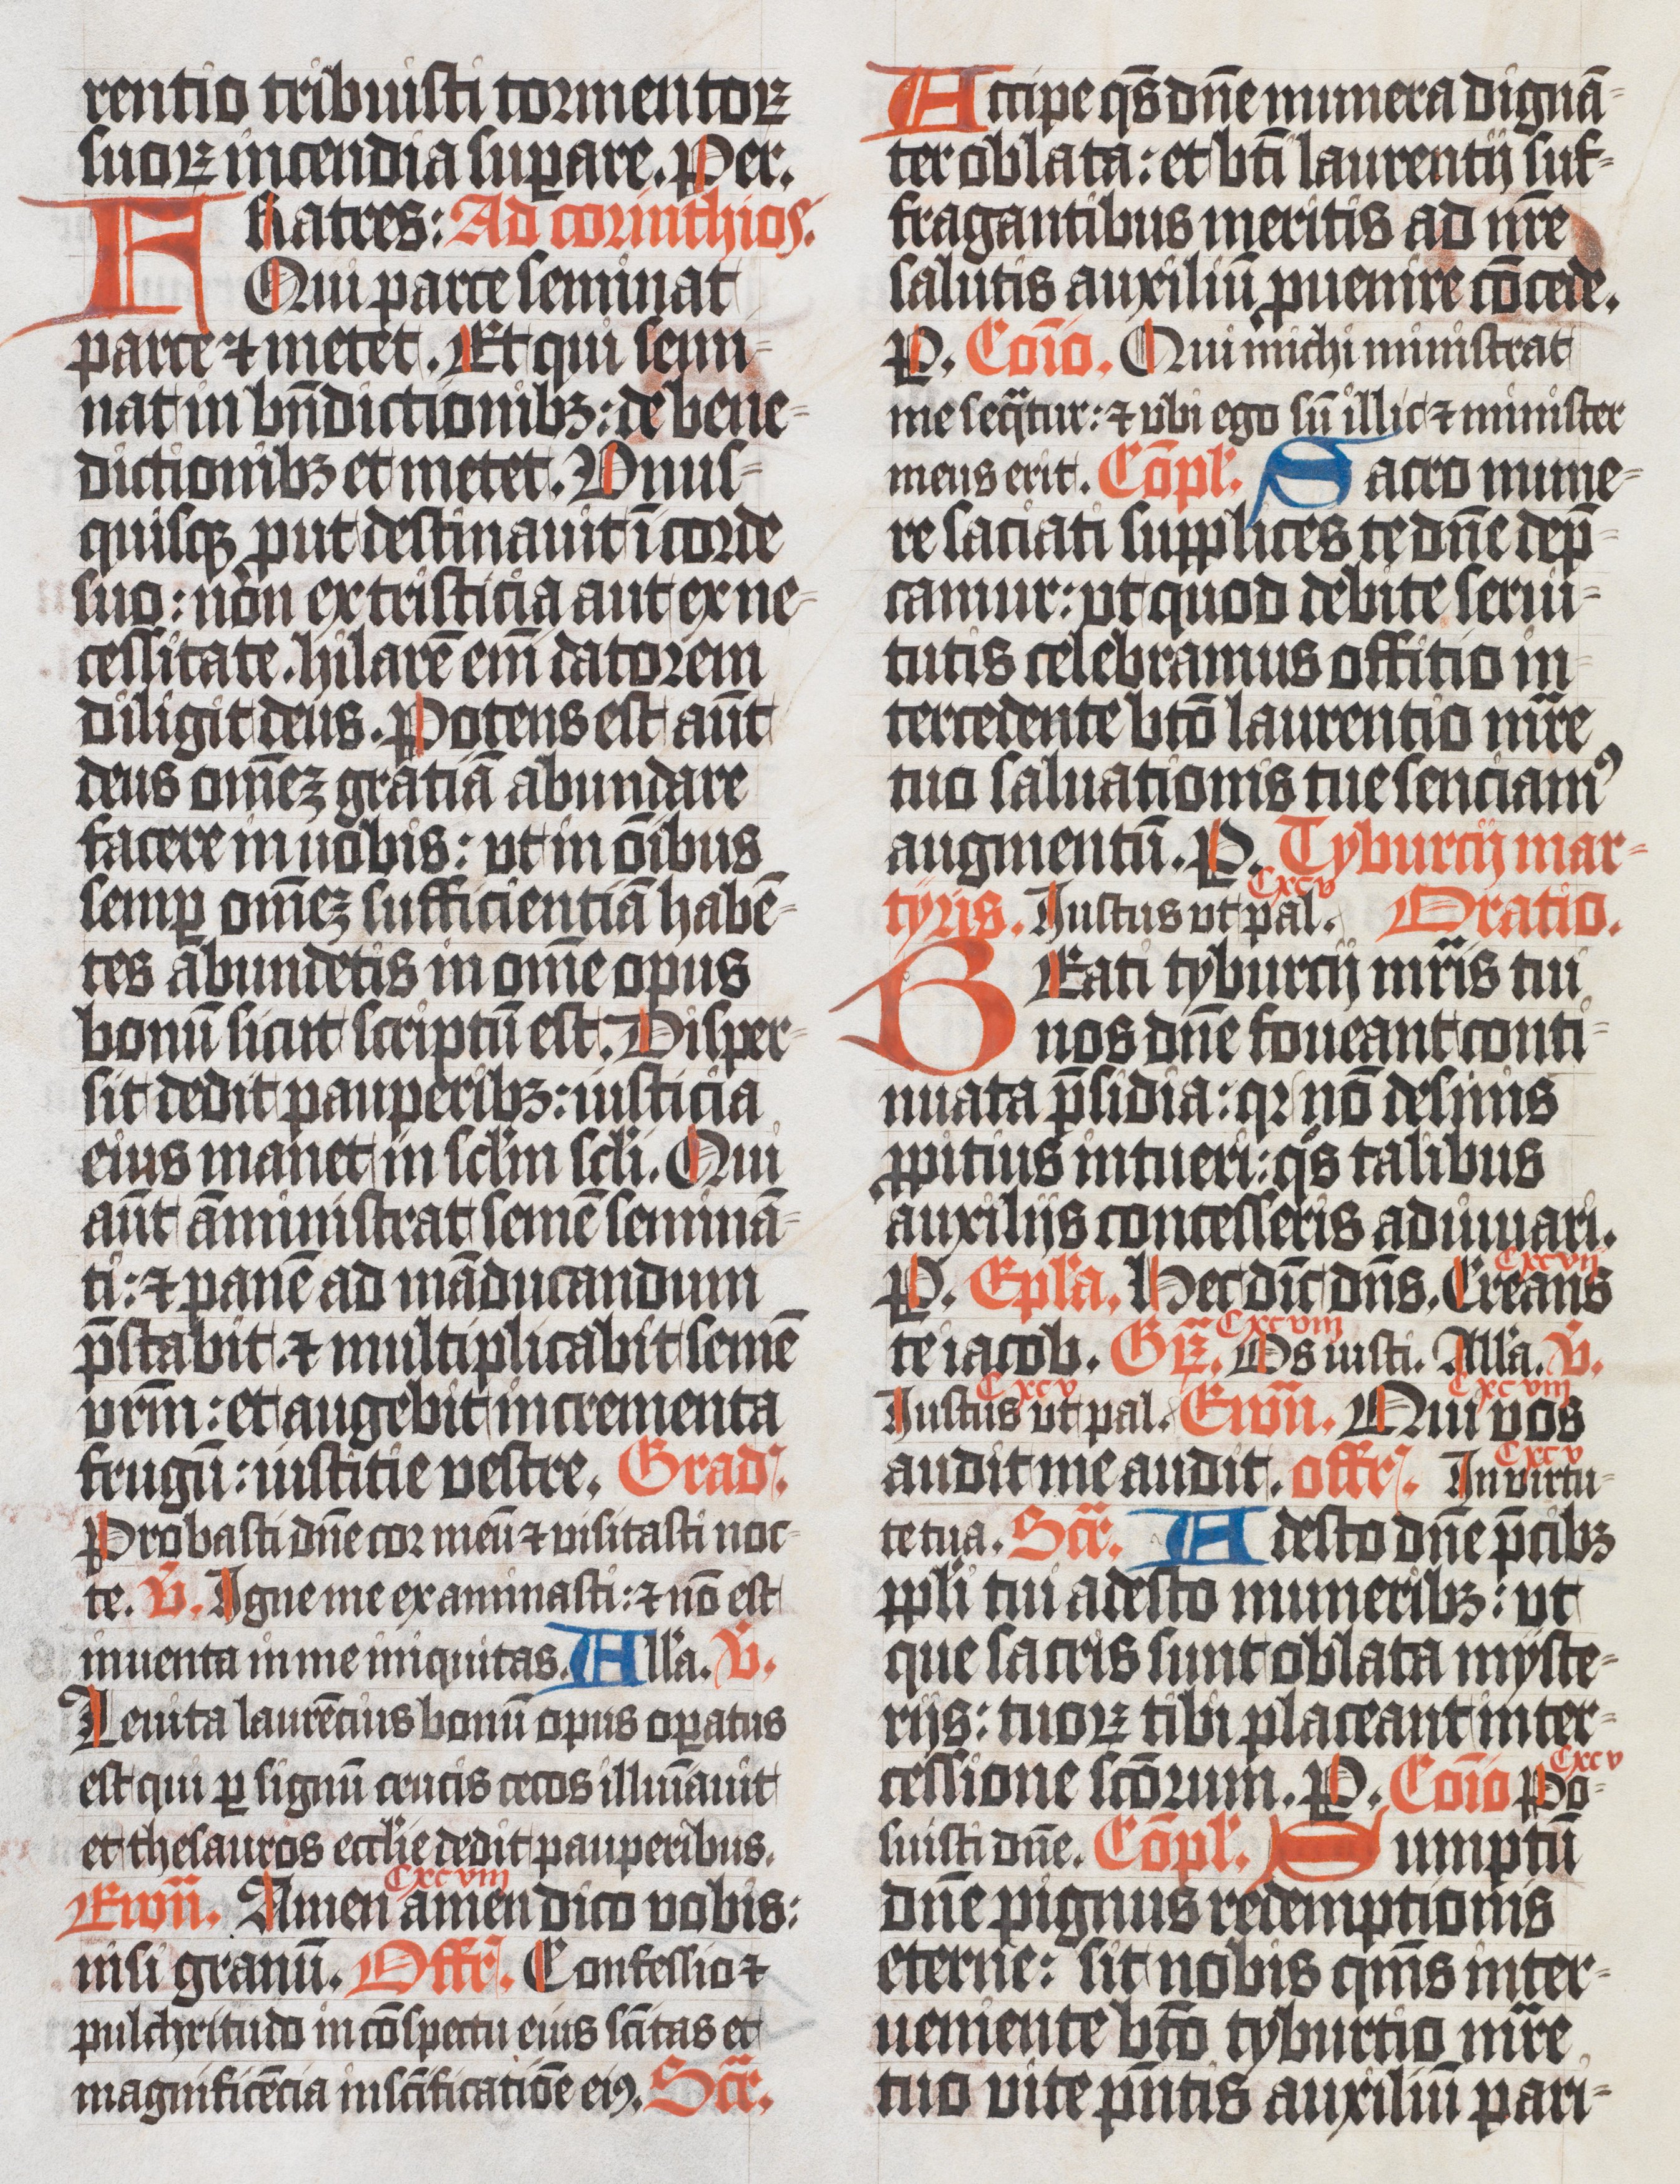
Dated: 1400–1499